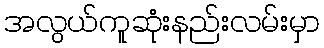
အလွယ်ကူဆုံးနည်းလမ်းမှာ